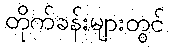
တိုက်ခန်းများတွင်